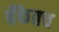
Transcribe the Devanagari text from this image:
बँकेतच